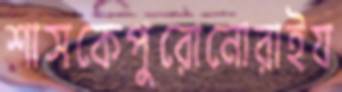
শাসকেপুরোনোরাইয